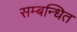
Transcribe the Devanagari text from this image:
सम्‍बन्‍धित